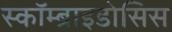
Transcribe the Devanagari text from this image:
स्कॉम्ब्राइडोसिस